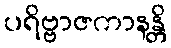
ပရိဗ္ဗာဇကာနန္တိ